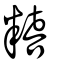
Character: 糦